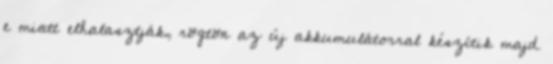
e miatt elhalasztják, rögtön az új akkumulátorral készítik majd